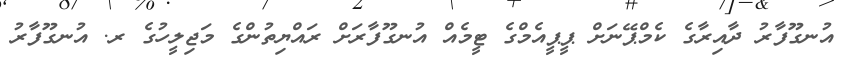
އުނގޫފާރު ދާއިރާގެ ކެމްޕޭނަށް ޕީޕީއެމްގެ ޓީމެއް އުނގޫފާރަށް ރައްޔިތުންގެ މަޖިލީހުގެ ރ. އުނގޫފާރު